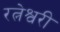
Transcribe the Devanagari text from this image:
रत्नेश्वरी